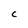
Character: C